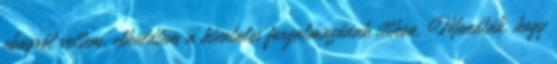
ebayről vettem, elküldtem a hivatalos forgalmazónak itthon. Mondták, hogy